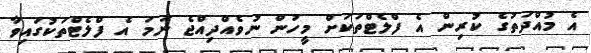
އެ މުއްދަތުގެ ކުރިން އެ ފްލެޓްތަކަށް މީހުން ނުވެއްދިއްޖެ ނަމަ އެ ފްލެޓްތަކުގައިވާ